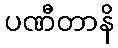
ပဏီတာနိ